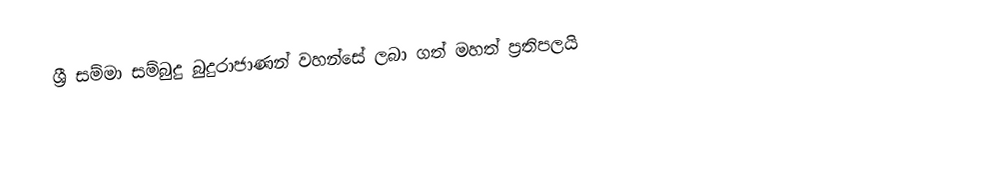
ශ්‍රී සම්මා සම්බුදු බුදුරාජාණන් වහන්සේ ලබා ගත් මහත් ප්‍රතිපලයි